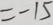
= - 1 5